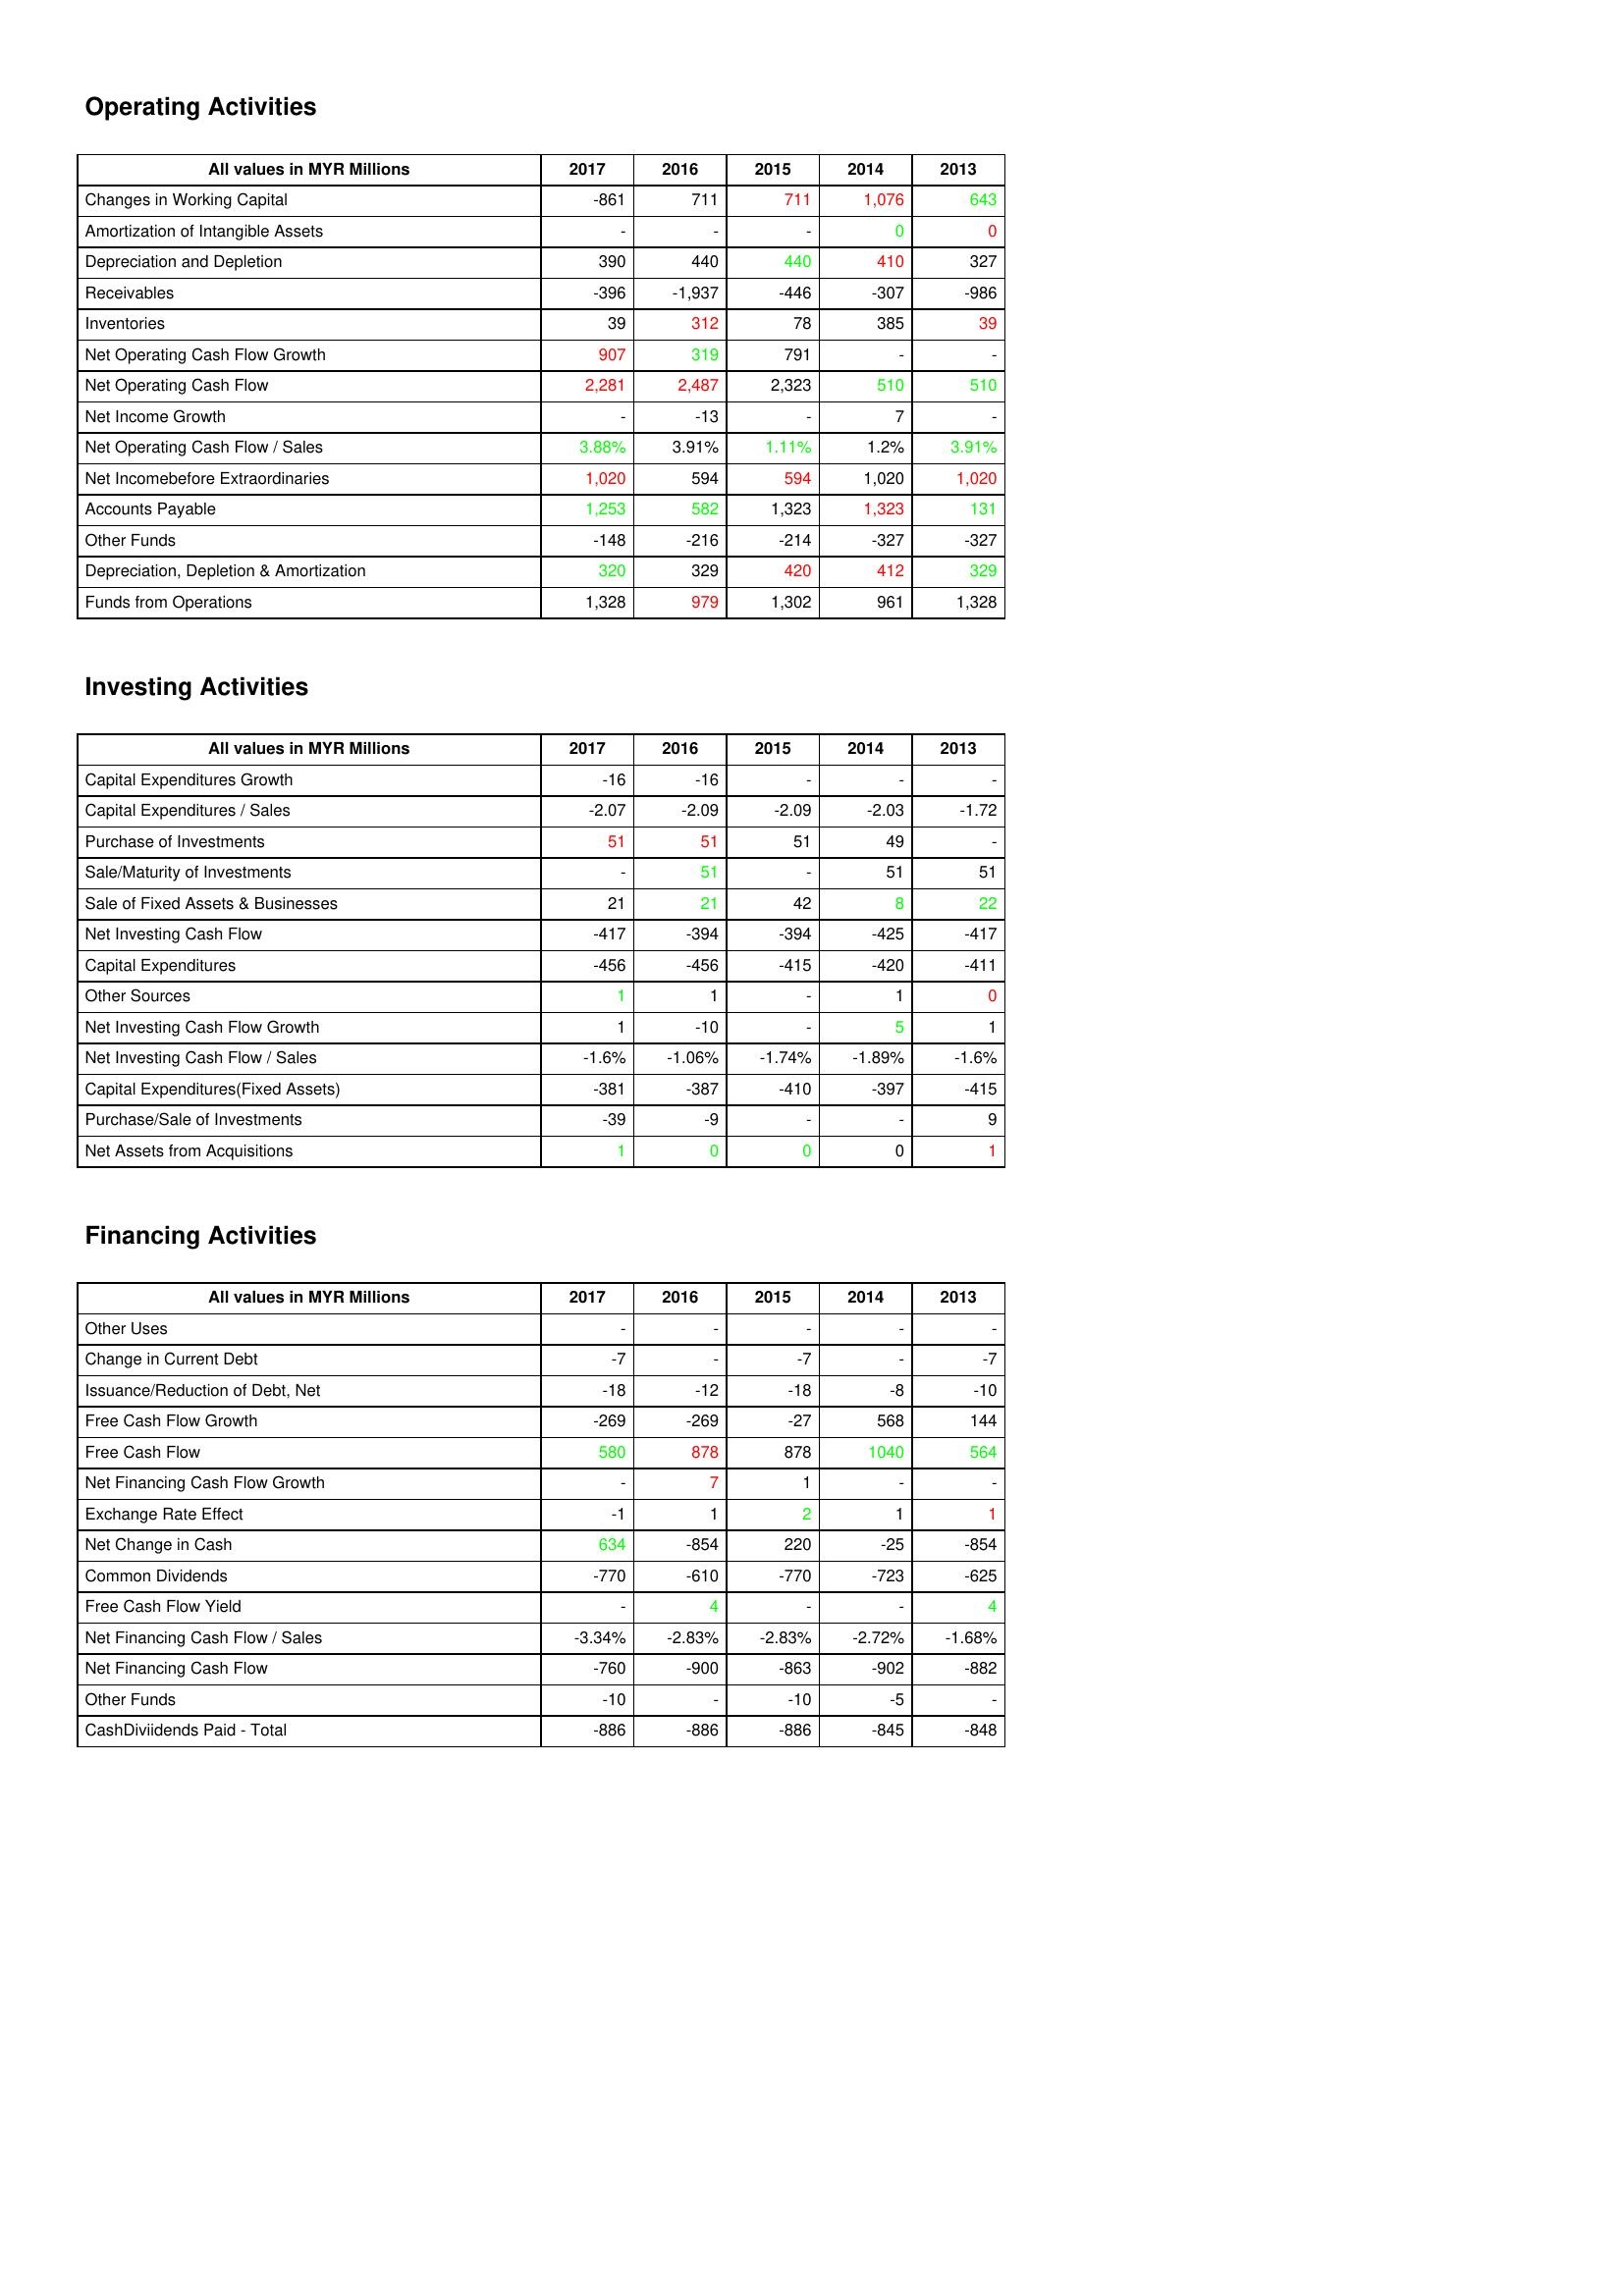
gt_parse: 2017: Operating Activities: Changes in Working Capital: -861
Amortization of Intangible Assets: -
Depreciation and Depletion: 390
Receivables: -396
Inventories: 39
Net Operating Cash Flow Growth: 907
Net Operating Cash Flow: 2,281
Net Income Growth: -
Net Operating Cash Flow / Sales: 3.88%
Net Incomebefore Extraordinaries: 1,020
Accounts Payable: 1,253
Other Funds: -148
Depreciation, Depletion & Amortization: 320
Funds from Operations: 1,328
Investing Activities: Capital Expenditures Growth: -16
Capital Expenditures / Sales: -2.07
Purchase of Investments: 51
Sale/Maturity of Investments: -
Sale of Fixed Assets & Businesses: 21
Net Investing Cash Flow: -417
Capital Expenditures: -456
Other Sources: 1
Net Investing Cash Flow Growth: 1
Net Investing Cash Flow / Sales: -1.6%
Capital Expenditures(Fixed Assets): -381
Purchase/Sale of Investments: -39
Net Assets from Acquisitions: 1
Financing Activities: Other Uses: -
Change in Current Debt: -7
Issuance/Reduction of Debt, Net: -18
Free Cash Flow Growth: -269
Free Cash Flow: 580
Net Financing Cash Flow Growth: -
Exchange Rate Effect: -1
Net Change in Cash: 634
Common Dividends: -770
Free Cash Flow Yield: -
Net Financing Cash Flow / Sales: -3.34%
Net Financing Cash Flow: -760
Other Funds: -10
CashDiviidends Paid - Total: -886
2016: Operating Activities: Changes in Working Capital: 711
Amortization of Intangible Assets: -
Depreciation and Depletion: 440
Receivables: -1,937
Inventories: 312
Net Operating Cash Flow Growth: 319
Net Operating Cash Flow: 2,487
Net Income Growth: -13
Net Operating Cash Flow / Sales: 3.91%
Net Incomebefore Extraordinaries: 594
Accounts Payable: 582
Other Funds: -216
Depreciation, Depletion & Amortization: 329
Funds from Operations: 979
Investing Activities: Capital Expenditures Growth: -16
Capital Expenditures / Sales: -2.09
Purchase of Investments: 51
Sale/Maturity of Investments: 51
Sale of Fixed Assets & Businesses: 21
Net Investing Cash Flow: -394
Capital Expenditures: -456
Other Sources: 1
Net Investing Cash Flow Growth: -10
Net Investing Cash Flow / Sales: -1.06%
Capital Expenditures(Fixed Assets): -387
Purchase/Sale of Investments: -9
Net Assets from Acquisitions: 0
Financing Activities: Other Uses: -
Change in Current Debt: -
Issuance/Reduction of Debt, Net: -12
Free Cash Flow Growth: -269
Free Cash Flow: 878
Net Financing Cash Flow Growth: 7
Exchange Rate Effect: 1
Net Change in Cash: -854
Common Dividends: -610
Free Cash Flow Yield: 4
Net Financing Cash Flow / Sales: -2.83%
Net Financing Cash Flow: -900
Other Funds: -
CashDiviidends Paid - Total: -886
2015: Operating Activities: Changes in Working Capital: 711
Amortization of Intangible Assets: -
Depreciation and Depletion: 440
Receivables: -446
Inventories: 78
Net Operating Cash Flow Growth: 791
Net Operating Cash Flow: 2,323
Net Income Growth: -
Net Operating Cash Flow / Sales: 1.11%
Net Incomebefore Extraordinaries: 594
Accounts Payable: 1,323
Other Funds: -214
Depreciation, Depletion & Amortization: 420
Funds from Operations: 1,302
Investing Activities: Capital Expenditures Growth: -
Capital Expenditures / Sales: -2.09
Purchase of Investments: 51
Sale/Maturity of Investments: -
Sale of Fixed Assets & Businesses: 42
Net Investing Cash Flow: -394
Capital Expenditures: -415
Other Sources: -
Net Investing Cash Flow Growth: -
Net Investing Cash Flow / Sales: -1.74%
Capital Expenditures(Fixed Assets): -410
Purchase/Sale of Investments: -
Net Assets from Acquisitions: 0
Financing Activities: Other Uses: -
Change in Current Debt: -7
Issuance/Reduction of Debt, Net: -18
Free Cash Flow Growth: -27
Free Cash Flow: 878
Net Financing Cash Flow Growth: 1
Exchange Rate Effect: 2
Net Change in Cash: 220
Common Dividends: -770
Free Cash Flow Yield: -
Net Financing Cash Flow / Sales: -2.83%
Net Financing Cash Flow: -863
Other Funds: -10
CashDiviidends Paid - Total: -886
2014: Operating Activities: Changes in Working Capital: 1,076
Amortization of Intangible Assets: 0
Depreciation and Depletion: 410
Receivables: -307
Inventories: 385
Net Operating Cash Flow Growth: -
Net Operating Cash Flow: 510
Net Income Growth: 7
Net Operating Cash Flow / Sales: 1.2%
Net Incomebefore Extraordinaries: 1,020
Accounts Payable: 1,323
Other Funds: -327
Depreciation, Depletion & Amortization: 412
Funds from Operations: 961
Investing Activities: Capital Expenditures Growth: -
Capital Expenditures / Sales: -2.03
Purchase of Investments: 49
Sale/Maturity of Investments: 51
Sale of Fixed Assets & Businesses: 8
Net Investing Cash Flow: -425
Capital Expenditures: -420
Other Sources: 1
Net Investing Cash Flow Growth: 5
Net Investing Cash Flow / Sales: -1.89%
Capital Expenditures(Fixed Assets): -397
Purchase/Sale of Investments: -
Net Assets from Acquisitions: 0
Financing Activities: Other Uses: -
Change in Current Debt: -
Issuance/Reduction of Debt, Net: -8
Free Cash Flow Growth: 568
Free Cash Flow: 1040
Net Financing Cash Flow Growth: -
Exchange Rate Effect: 1
Net Change in Cash: -25
Common Dividends: -723
Free Cash Flow Yield: -
Net Financing Cash Flow / Sales: -2.72%
Net Financing Cash Flow: -902
Other Funds: -5
CashDiviidends Paid - Total: -845
2013: Operating Activities: Changes in Working Capital: 643
Amortization of Intangible Assets: 0
Depreciation and Depletion: 327
Receivables: -986
Inventories: 39
Net Operating Cash Flow Growth: -
Net Operating Cash Flow: 510
Net Income Growth: -
Net Operating Cash Flow / Sales: 3.91%
Net Incomebefore Extraordinaries: 1,020
Accounts Payable: 131
Other Funds: -327
Depreciation, Depletion & Amortization: 329
Funds from Operations: 1,328
Investing Activities: Capital Expenditures Growth: -
Capital Expenditures / Sales: -1.72
Purchase of Investments: -
Sale/Maturity of Investments: 51
Sale of Fixed Assets & Businesses: 22
Net Investing Cash Flow: -417
Capital Expenditures: -411
Other Sources: 0
Net Investing Cash Flow Growth: 1
Net Investing Cash Flow / Sales: -1.6%
Capital Expenditures(Fixed Assets): -415
Purchase/Sale of Investments: 9
Net Assets from Acquisitions: 1
Financing Activities: Other Uses: -
Change in Current Debt: -7
Issuance/Reduction of Debt, Net: -10
Free Cash Flow Growth: 144
Free Cash Flow: 564
Net Financing Cash Flow Growth: -
Exchange Rate Effect: 1
Net Change in Cash: -854
Common Dividends: -625
Free Cash Flow Yield: 4
Net Financing Cash Flow / Sales: -1.68%
Net Financing Cash Flow: -882
Other Funds: -
CashDiviidends Paid - Total: -848